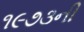
૧૯૭૩ની